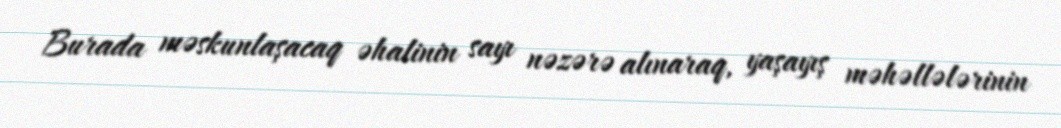
Burada məskunlaşacaq əhalinin sayı nəzərə alınaraq, yaşayış məhəllələrinin